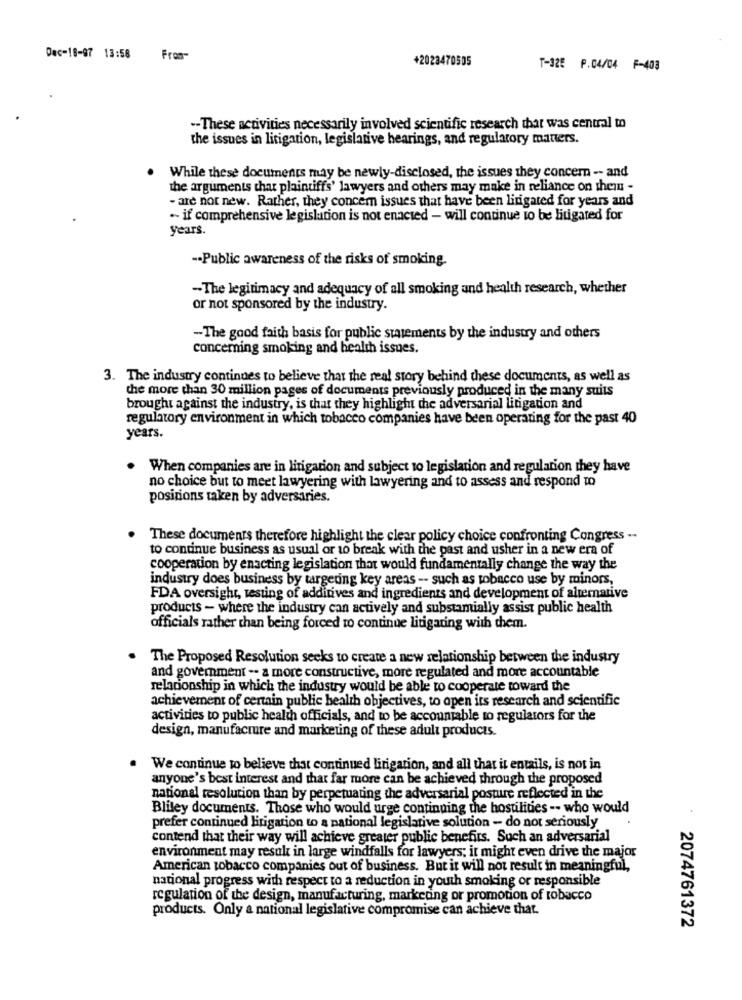
Dec-18-97 13:58
From-
+2023470505
T-325 P.04/04 F-403
-- These activities necessarily involved scientific research that was central to
the issues in litigation, legislative hearings, and regulatory matters.
While these documents may be newly-disclosed, the issues they concer -- and
the arguments char plaintiffs' lawyers and others may make in reliance on them -
- are not new. Rather, they concern issues that have been linigated for years and
-- if comprehensive legislation is not enacted - will continue to be litigated for
years.
-- Public awareness of the risks of smoking.
-The legitimacy and adequacy of all smoking and health research, whether
or not sponsored by the industry.
-The good faith basis for public statements by the industry and others
concerning smoking and health issues.
3. The industry continues to believe that the real story behind these documents, as well as
the more than 30 million pages of documents previously produced in the many suits
brought against the industry, is that they highlight the adversarial litigation and
regulatory environment in which tobacco companies have been operating for the past 40
years.
When companies are in litigation and subject to legislation and regulation they have
no choice but to meet lawyering with lawyering and to assess and respond to
positions taken by adversaries.
These documents therefore highlight the clear policy choice confronting Congress --
to continue business as usual or to break with the past and usher in a new era of
cooperation by enacting legislation that would fundamentally change the way the
industry does business by targeting key areas -- such as tobacco use by minors,
FDA oversight, testing of additives and ingredients and development of alternative
products - where the industry can actively and substamially assist public health
officials rather than being forced to continue litigating with them.
The Proposed Resolution seeks to create a new relationship between the industry
and government -- a more constructive, more regulated and more accountable
relationship in which the industry would be able to cooperate toward the
achievement of certain public health objectives, to open its research and scientific
activities to public health officials, and to be accountable to regulators for the
design, manufacture and marketing of these adult products.
.
We continue to believe that continued litigation, and all that it entails, is not in
anyone's best interest and that far more can be achieved through the proposed
national resolution than by perpetuating the adversarial posture reflected in the
Bliley documents. Those who would urge continuing the hostilities -- who would
prefer continued litigation to a national legislative solution - do not seriously
contend that their way will achieve greater public benefits. Such an adversarial
environment may result in large windfalls for lawyers; it might even drive the major
American tobacco companies out of business. But it will not result in meaningful,
national progress with respect to a reduction in youth smoking or responsible
regulation of the design, manufacturing, marketing or promotion of tobacco
products. Only a national legislative compromise can achieve that.
2074761372